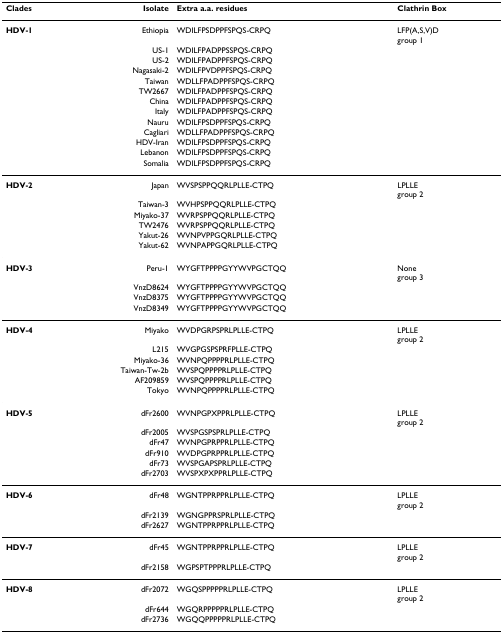
<table><thead><tr><td><b>Clades</b></td><td><b>Isolate</b></td><td><b>Extra a.a. residues</b></td><td><b>Clathrin Box</b></td></tr></thead><tbody><tr><td><b>HDV-1</b></td><td>Ethiopia</td><td>WDILFPSDPPFSPQS-CRPQ</td><td>LFP(A,S,V)Dgroup 1</td></tr><tr><td></td><td>US-1</td><td>WDILFPADPPSSPQS-CRPQ</td><td></td></tr><tr><td></td><td>US-2</td><td>WDILFPADPPFSPQS-CRPQ</td><td></td></tr><tr><td></td><td>Nagasaki-2</td><td>WDILFPVDPPFSPQS-CRPQ</td><td></td></tr><tr><td></td><td>Taiwan</td><td>WDLLFPADPPFSPQS-CRPQ</td><td></td></tr><tr><td></td><td>TW2667</td><td>WDILFPADPPFSPQS-CRPQ</td><td></td></tr><tr><td></td><td>China</td><td>WDILFPADPPFSPQS-CRPQ</td><td></td></tr><tr><td></td><td>Italy</td><td>WDILFPADPPFSPQS-CRPQ</td><td></td></tr><tr><td></td><td>Nauru</td><td>WDILFPSDPPFSPQS-CRPQ</td><td></td></tr><tr><td></td><td>Cagliari</td><td>WDLLFPADPPFSPQS-CRPQ</td><td></td></tr><tr><td></td><td>HDV-Iran</td><td>WDILFPSDPPFSPQS-CRPQ</td><td></td></tr><tr><td></td><td>Lebanon</td><td>WDILFPSDPPFSPQS-CRPQ</td><td></td></tr><tr><td></td><td>Somalia</td><td>WDILFPSDPPFSPQS-CRPQ</td><td></td></tr><tr><td><b>HDV-2</b></td><td>Japan</td><td>WVSPSPPQQRLPLLE-CTPQ</td><td>LPLLEgroup 2</td></tr><tr><td></td><td>Taiwan-3</td><td>WVHPSPPQQRLPLLE-CTPQ</td><td></td></tr><tr><td></td><td>Miyako-37</td><td>WVRPSPPQQRLPLLE-CTPQ</td><td></td></tr><tr><td></td><td>TW2476</td><td>WVRPSPPQQRLPLLE-CTPQ</td><td></td></tr><tr><td></td><td>Yakut-26</td><td>WVNPVPPGQRLPLLE-CTPQ</td><td></td></tr><tr><td></td><td>Yakut-62</td><td>WVNPAPPGQRLPLLE-CTPQ</td><td></td></tr><tr><td><b>HDV-3</b></td><td>Peru-1</td><td>WYGFTPPPPGYYWVPGCTQQ</td><td>Nonegroup 3</td></tr><tr><td></td><td>VnzD8624</td><td>WYGFTPPPPGYYWVPGCTQQ</td><td></td></tr><tr><td></td><td>VnzD8375</td><td>WYGFTPPPPGYYWVPGCTQQ</td><td></td></tr><tr><td></td><td>VnzD8349</td><td>WYGFTPPPPGYYWVPGCTQQ</td><td></td></tr><tr><td><b>HDV-4</b></td><td>Miyako</td><td>WVDPGRPSPRLPLLE-CTPQ</td><td>LPLLEgroup 2</td></tr><tr><td></td><td>L215</td><td>WVGPGSPSPRFPLLE-CTPQ</td><td></td></tr><tr><td></td><td>Miyako-36</td><td>WVNPQPPPPRLPLLE-CTPQ</td><td></td></tr><tr><td></td><td>Taiwan-Tw-2b</td><td>WVSPQPPPPRLPLLE-CTPQ</td><td></td></tr><tr><td></td><td>AF209859</td><td>WVSPQPPPPRLPLLE-CTPQ</td><td></td></tr><tr><td></td><td>Tokyo</td><td>WVNPQPPPPRLPLLE-CTPQ</td><td></td></tr><tr><td><b>HDV-5</b></td><td>dFr2600</td><td>WVNPGPXPPRLPLLE-CTPQ</td><td>LPLLEgroup 2</td></tr><tr><td></td><td>dFr2005</td><td>WVSPGSPSPRLPLLE-CTPQ</td><td></td></tr><tr><td></td><td>dFr47</td><td>WVNPGPRPPRLPLLE-CTPQ</td><td></td></tr><tr><td></td><td>dFr910</td><td>WVDPGPRPPRLPLLE-CTPQ</td><td></td></tr><tr><td></td><td>dFr73</td><td>WVSPGAPSPRLPLLE-CTPQ</td><td></td></tr><tr><td></td><td>dFr2703</td><td>WVSPXPXPPRLPLLE-CTPQ</td><td></td></tr><tr><td><b>HDV-6</b></td><td>dFr48</td><td>WGNTPPRPPRLPLLE-CTPQ</td><td>LPLLEgroup 2</td></tr><tr><td></td><td>dFr2139</td><td>WGNGPPRSPRLPLLE-CTPQ</td><td></td></tr><tr><td></td><td>dFr2627</td><td>WGNTPPRPPRLPLLE-CTPQ</td><td></td></tr><tr><td><b>HDV-7</b></td><td>dFr45</td><td>WGNTPPRPPRLPLLE-CTPQ</td><td>LPLLEgroup 2</td></tr><tr><td></td><td>dFr2158</td><td>WGPSPTPPPRLPLLE-CTPQ</td><td></td></tr><tr><td><b>HDV-8</b></td><td>dFr2072</td><td>WGQSPPPPPRLPLLE-CTPQ</td><td>LPLLEgroup 2</td></tr><tr><td></td><td>dFr644</td><td>WGQRPPPPPRLPLLE-CTPQ</td><td></td></tr><tr><td></td><td>dFr2736</td><td>WGQQPPPPPRLPLLE-CTPQ</td><td></td></tr></tbody></table>